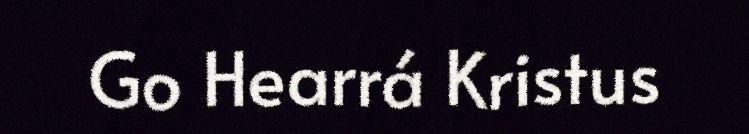
Go Hearrá Kristus